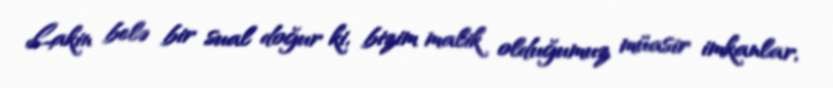
Lakin belə bir sual doğur ki, bizim malik olduğumuz müasir imkanlar,